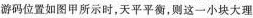
游码位置如图甲所示时，天平平衡，则这一小块大理